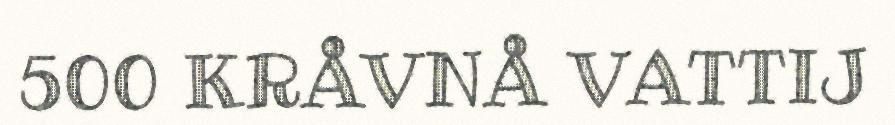
500 KRÅVNÅ VATTIJ